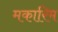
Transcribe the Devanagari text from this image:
मकारिम